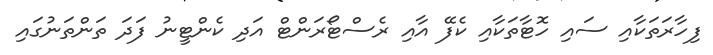
ފިހާރަތަކާއި ސައި ހޮޓާތަކާއި ކެފޭ އާއި ރެސްޓޯރަންޓް އަދި ކެންޓީނު ފަދަ ތަންތަނުގައި